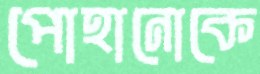
পোহানোকে